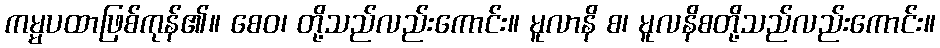
ကမ္မပထာဖြစ်ကုန်၏။ စေဝ၊ တို့သည်လည်းကောင်း။ မူလာနိ စ၊ မူလနိစတို့သည်လည်းကောင်း။